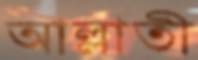
আল্লাতী